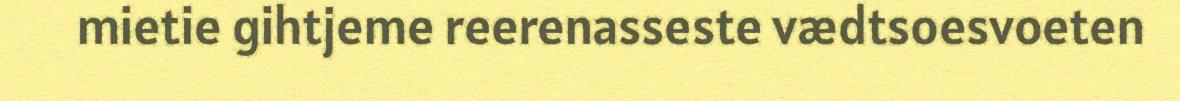
mietie gihtjeme reerenasseste vædtsoesvoeten